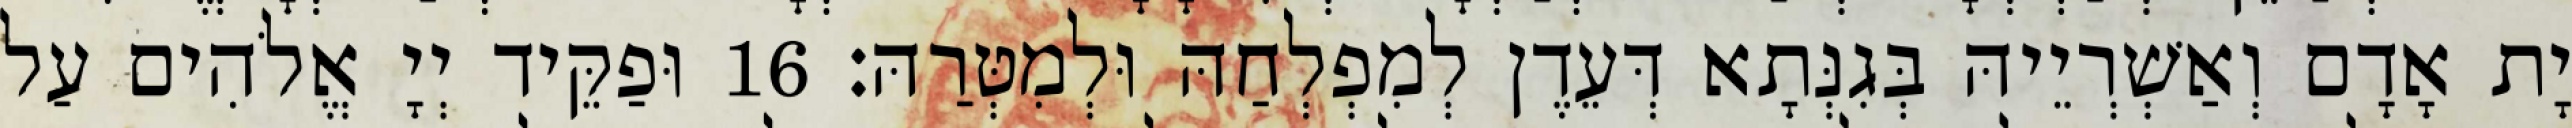
יָת אָדָם וְאַשְׁרְיֵיהּ בְּגִנְּתָא דְּעֵדֶן לְמִפְלְחַהּ וּלְמִטְּרַהּ׃ 16 וּפַקֵּיד יְיָ אֱלֹהִים עַל